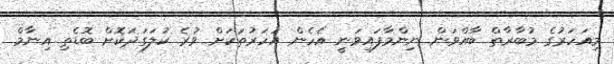
މިއަހަރުގެ މުބާރާތް ބާއްވަން ނިންމާފައިވަނީ އެހެން އަހަރުތަކަށް ވުރެ ކުލަގަދަކޮށް ބޮޑެތި އިނާމް